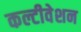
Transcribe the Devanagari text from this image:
कल्टीवेशन